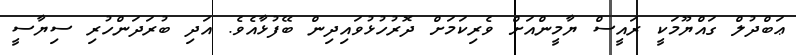
ޢަބްދުލް ގައްޔޫމަކީ ރައީސް ޔާމީންއަށް ވެރިކަމަށް ދޮރުހުޅުވައިދިން ބޭފުޅާއެވެ. އަދި ބުރަދަންހުރި ސިޔާސީ